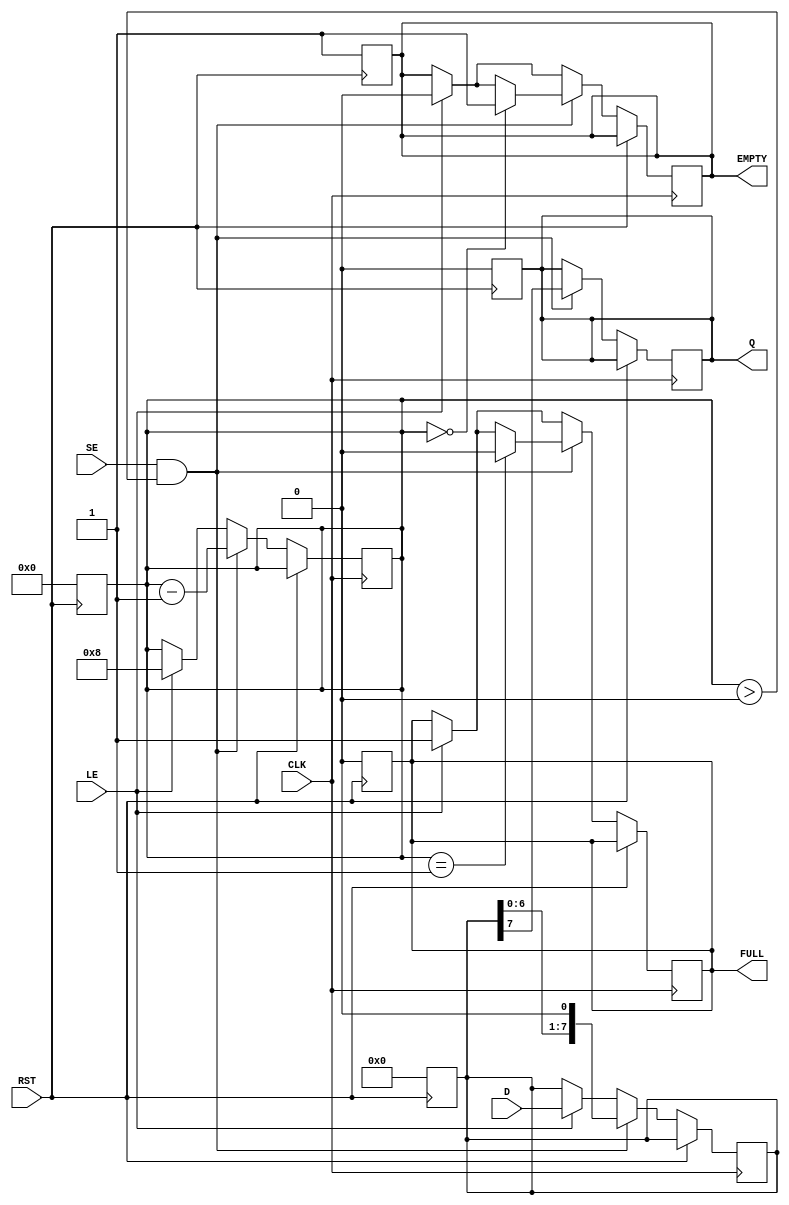
module PISO_Register #(
    parameter N = 8  // Configurable number of bits (default is 8)
)(
    input wire [N-1:0] D,     // Parallel Data Input
    input wire LE,            // Load Enable
    input wire SE,            // Shift Enable
    input wire CLK,           // Clock
    input wire RST,           // Reset
    output reg Q,             // Serial Output
    output reg FULL,          // Full flag
    output reg EMPTY          // Empty flag
);

    reg [N-1:0] shift_reg;    // Shift register to hold the data
    reg [3:0] count;          // Counter to track the number of bits shifted out

    // Asynchronous reset
    always @(posedge RST) begin
        shift_reg <= 0;
        Q <= 0;
        FULL <= 0;
        EMPTY <= 1;
        count <= 0;
    end

    // Main operation
    always @(posedge CLK) begin
        if (RST) begin
            // Reset state handled above
        end else begin
            // Load data into the register
            if (LE) begin
                shift_reg <= D;  // Load parallel data
                FULL <= 1;       // Register is now full
                EMPTY <= 0;      // Register is not empty
                count <= N;      // Set count to the number of bits
            end
            
            // Shift data out serially
            if (SE && count > 0) begin
                Q <= shift_reg[N-1]; // Output the MSB
                shift_reg <= {shift_reg[N-2:0], 1'b0}; // Shift left and fill LSB with 0
                count <= count - 1; // Decrement the count

                // Update FULL and EMPTY flags
                if (count == 1) begin
                    FULL <= 0; // Register will be empty after this shift
                end
                if (count == 0) begin
                    EMPTY <= 1; // Register is now empty
                end
            end
        end
    end

endmodule